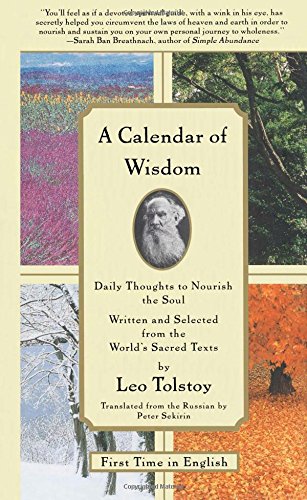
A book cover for A Calendar of Wisdom: Daily Thoughts to Nourish the Soul, Written and Selected from the World's Sacred Texts; Leo Tolstoy; Religion & Spirituality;